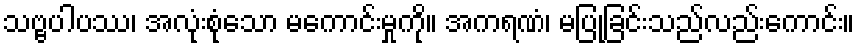
သဗ္ဗပါပဿ၊ အလုံးစုံသော မကောင်းမှုကို။ အကရဏံ၊ မပြုခြင်းသည်လည်းကောင်း။